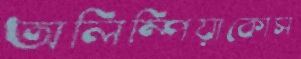
অলিম্পিয়াকোস